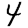
Digit: 4